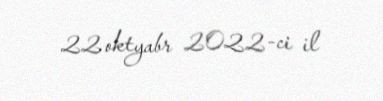
22 oktyabr 2022-ci il